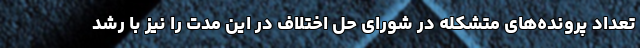
تعداد پرونده‌های متشکله در شورای حل اختلاف در این مدت را نیز با رشد